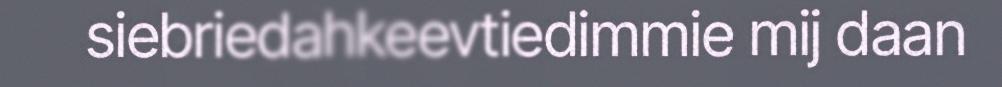
siebriedahkeevtiedimmie mij daan